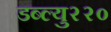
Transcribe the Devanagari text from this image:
डब्ल्यु२२०